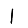
Digit: 1